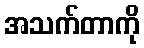
အသက်တာကို